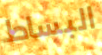
البساط